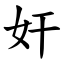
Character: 奸